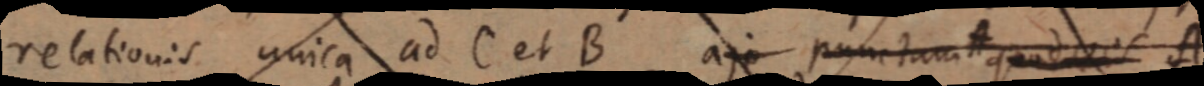
relationis unica ad C et B aj punctu A quod _ A